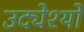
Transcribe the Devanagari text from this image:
उद्येश्यों